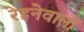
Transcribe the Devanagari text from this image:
रेहनेवालों